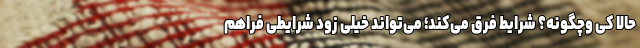
حالا کی وچگونه؟ شرایط فرق می‌کند؛‌ می‌تواند خیلی زود شرایطی فراهم